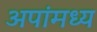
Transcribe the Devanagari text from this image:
अपांमध्य